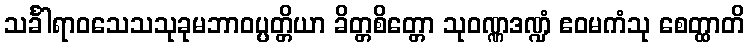
သင်္ခါရာဝသေသသုခုမဘာဝပ္ပတ္တိယာ ခိတ္တစိတ္တော သုဝဏ္ဏဒဏ္ဍံ ဧဝမကံသု စေတ္ထာတိ